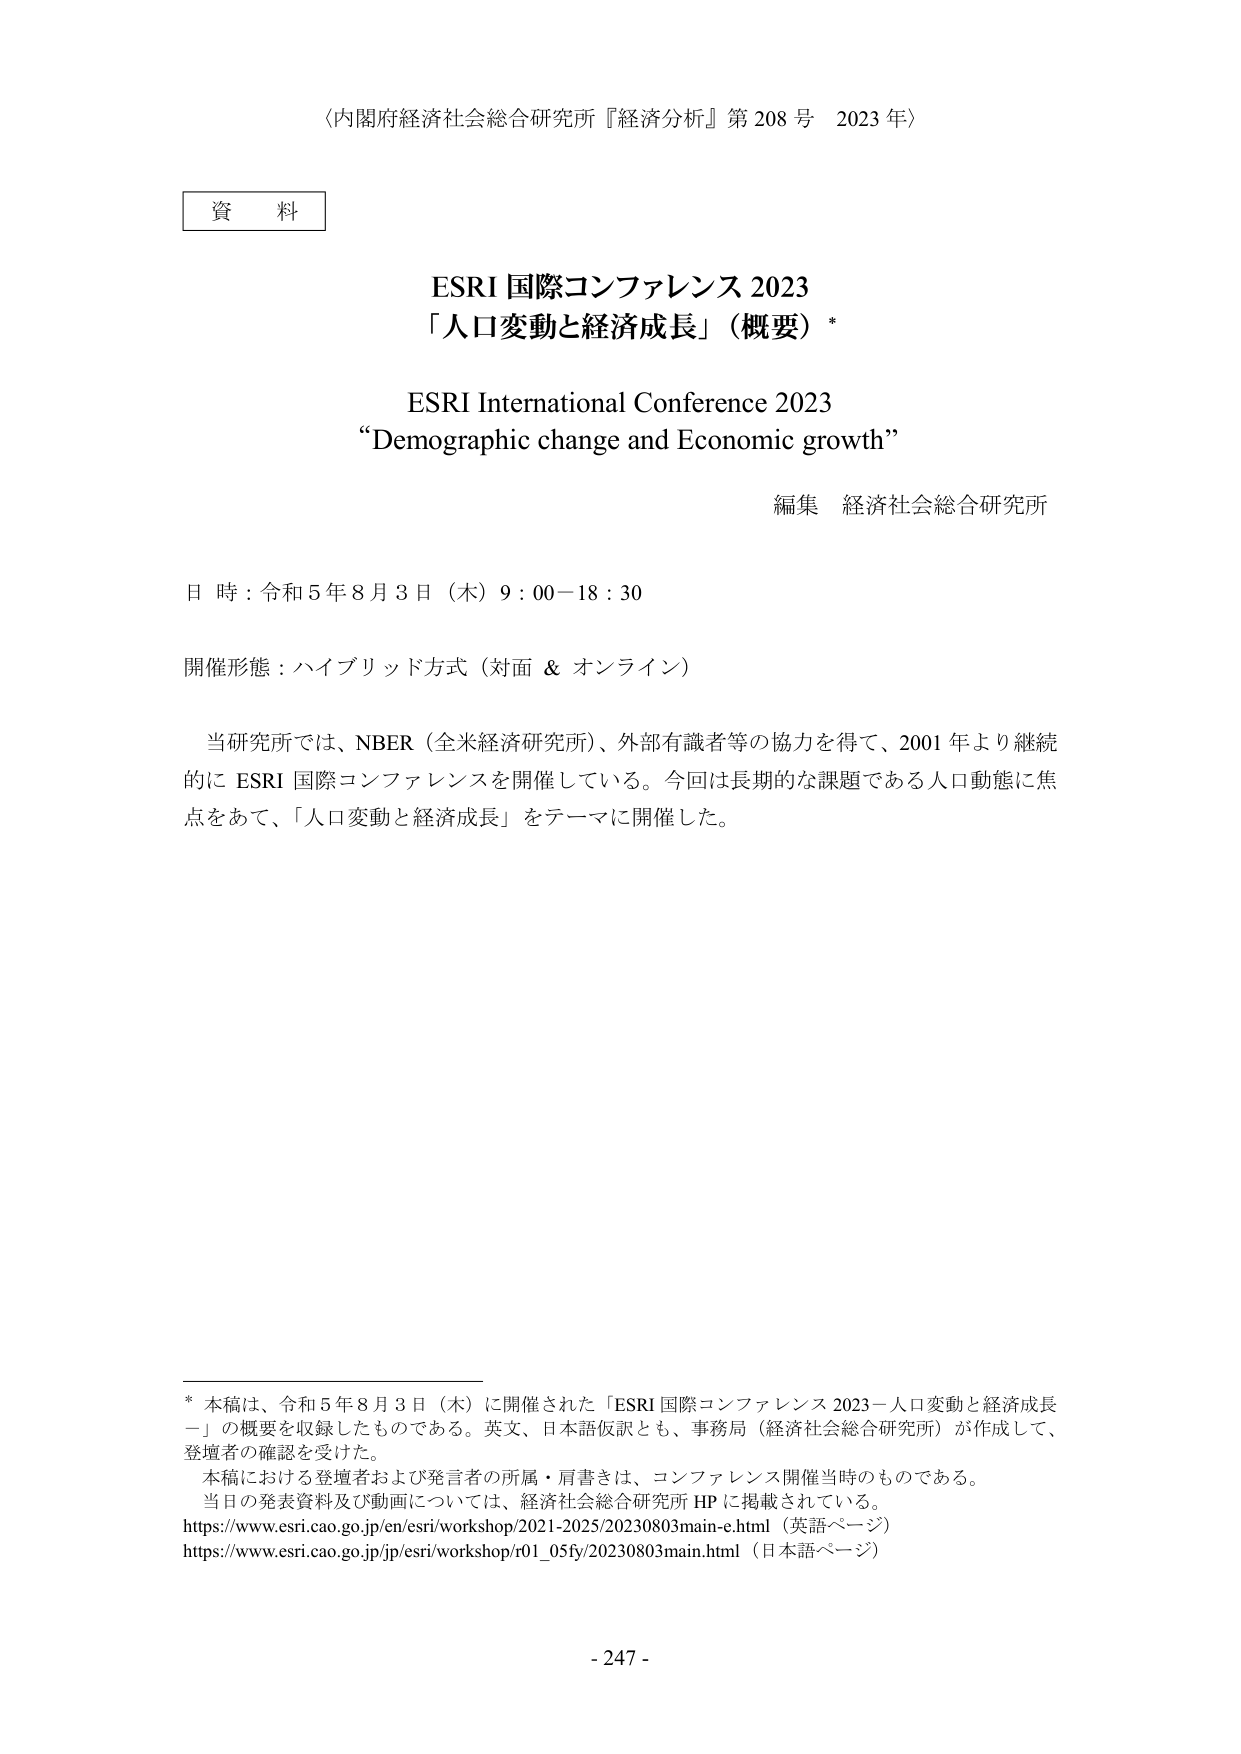
〈内閣府経済社会総合研究所『経済分析』第208号 2023年〉

資料

ESRI 国際コンファレンス 2023
「人口変動と経済成長」（概要）*

ESRI International Conference 2023
“Demographic change and Economic growth”

編集 経済社会総合研究所

日時：令和5年8月3日（木）9：00－18：30

開催形態：ハイブリッド方式（対面 & オンライン）

当研究所では、NBER（全米経済研究所）、外部有識者等の協力を得て、2001年より継続的にESRI 国際コンファレンスを開催している。今回は長期的な課題である人口動態に焦点をあて、「人口変動と経済成長」をテーマに開催した。

* 本稿は、令和5年8月3日（木）に開催された「ESRI 国際コンファレンス 2023－人口変動と経済成長－」の概要を収録したものである。英文、日本語仮訳とも、事務局（経済社会総合研究所）が作成して、登壇者の確認を受けた。
本稿における登壇者および発言者の所属・肩書きは、コンファレンス開催当時のものである。
当日の発表資料及び動画については、経済社会総合研究所 HP に掲載されている。
https://www.esri.cao.go.jp/en/esri/workshop/2021-2025/20230803main-e.html（英語ページ）
https://www.esri.cao.go.jp/jp/esri/workshop/r01_05fy/20230803main.html（日本語ページ）

- 247 -